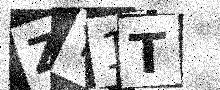
Text: ZY1T